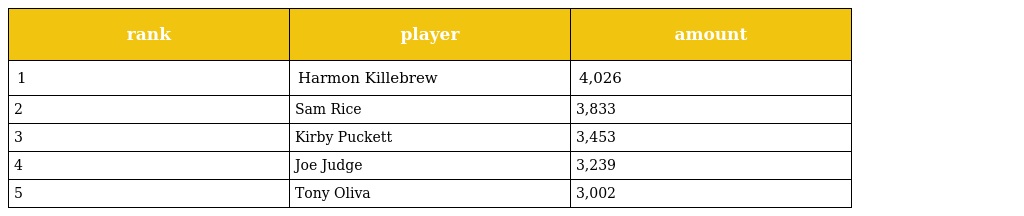
| rank | player | amount |
 | --- | --- | --- |
 | 1 | Harmon Killebrew | 4,026 |
 | 2 | Sam Rice | 3,833 |
 | 3 | Kirby Puckett | 3,453 |
 | 4 | Joe Judge | 3,239 |
 | 5 | Tony Oliva | 3,002 |